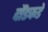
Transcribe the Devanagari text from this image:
दौंडकडे